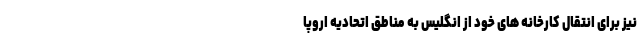
نیز برای انتقال کارخانه های خود از انگلیس به مناطق اتحادیه اروپا